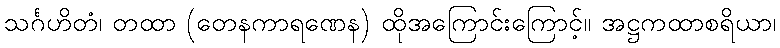
သင်္ဂဟိတံ၊ တထာ (တေနကာရဏေန) ထိုအကြောင်းကြောင့်။ အဋ္ဌကထာစရိယာ၊